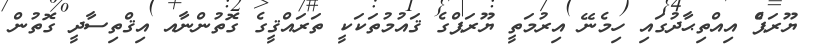
ޔޫރަޕްެ އިއްތިޙާދުގައި ހިމެނޭ އިރުމަތީ ޔޫރަޕްގެ ޤައުމުތަކަކީ ތަރައްޤީގެ ގޮތުންނާއ އިޤްތިސާދީ ގޮތުން